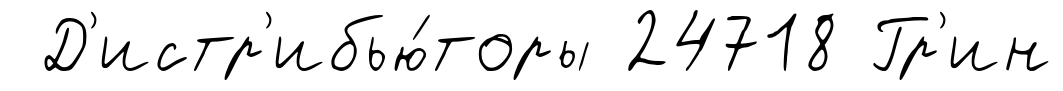
Д'истр'ибью́торы 24718 Гр'ин